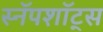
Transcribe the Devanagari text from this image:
स्नॅपशॉट्स